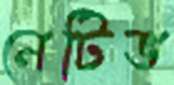
নেটিভ